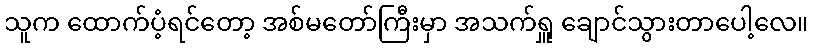
သူက ထောက်ပံ့ရင်တော့ အစ်မတော်ကြီးမှာ အသက်ရှူ ချောင်သွားတာပေါ့လေ။